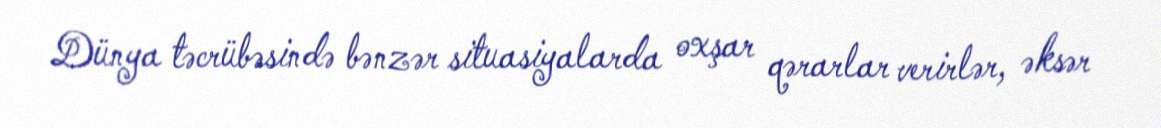
Dünya təcrübəsində bənzər situasiyalarda oxşar qərarlar verirlər, əksər